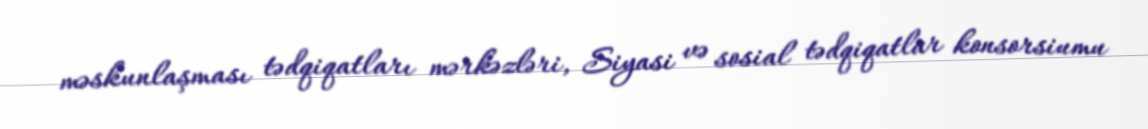
məskunlaşması tədqiqatları mərkəzləri, Siyasi və sosial tədqiqatlar konsorsiumu